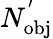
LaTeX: N_{\mathrm{{obj}}}^{'}